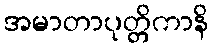
အမာတာပုတ္တိကာနိ